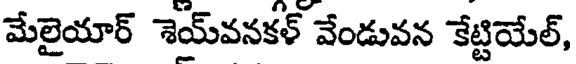
మేలైయార్ శెయ్వనకళ్ వేండువన కేట్టియేల్,